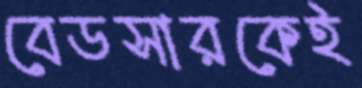
বেডসারকেই